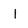
Character: i